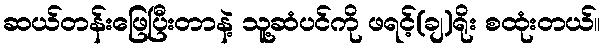
ဆယ်တန်းဖြေပြီးတာနဲ့ သူ့ဆံပင်ကို ဖရင့်(ချ)ရိုး စထုံးတယ်။